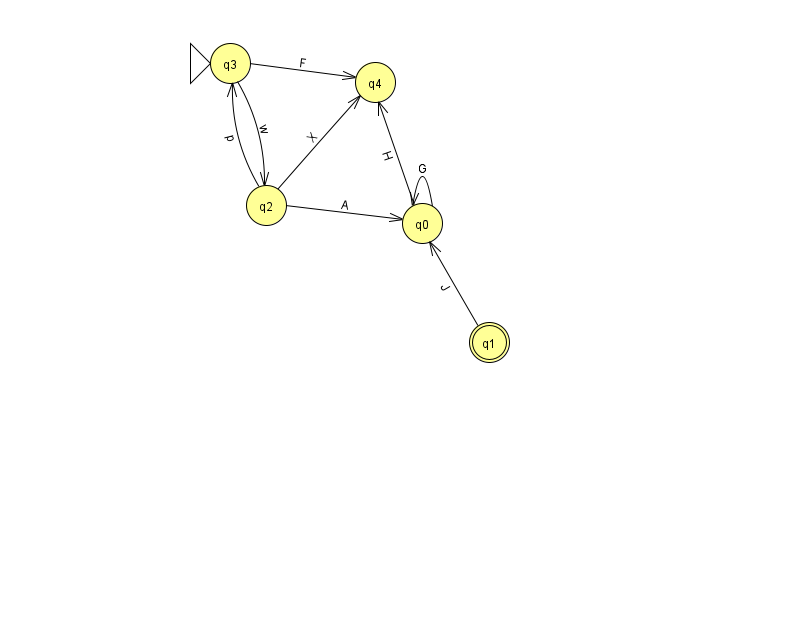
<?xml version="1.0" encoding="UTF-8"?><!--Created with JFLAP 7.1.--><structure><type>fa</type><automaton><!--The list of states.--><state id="0" name="q0"><x>422.0</x><y>210.0</y></state><state id="1" name="q1"><x>489.0</x><y>329.0</y><final/></state><state id="2" name="q2"><x>266.0</x><y>192.0</y></state><state id="3" name="q3"><x>230.0</x><y>50.0</y><initial/></state><state id="4" name="q4"><x>375.0</x><y>69.0</y></state><!--The list of transitions.--><transition><from>0</from><to>4</to><read>H</read></transition><transition><from>0</from><to>0</to><read>G</read></transition><transition><from>1</from><to>0</to><read>J</read></transition><transition><from>2</from><to>3</to><read>p</read></transition><transition><from>2</from><to>4</to><read>X</read></transition><transition><from>3</from><to>4</to><read>F</read></transition><transition><from>3</from><to>2</to><read>w</read></transition><transition><from>2</from><to>0</to><read>A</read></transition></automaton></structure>